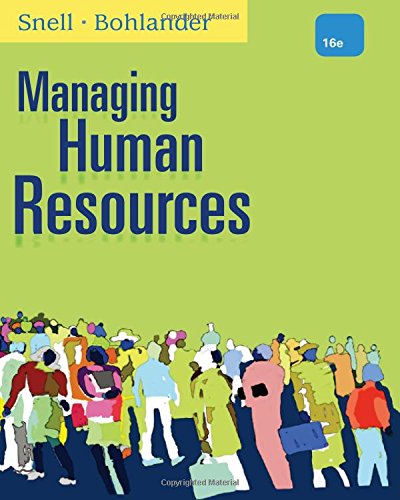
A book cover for Managing Human Resources; Scott A. Snell; Business & Money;